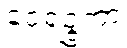
ဝေရဉ္ဇကာ